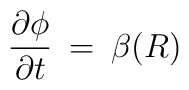
\frac{\partial\phi}{\partial t}\:=\:\beta(R)